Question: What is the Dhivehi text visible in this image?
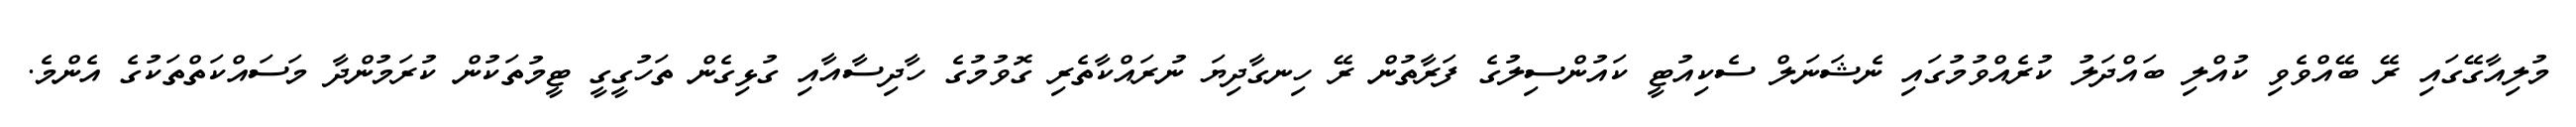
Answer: މުލިއާގޭގައި ރޭ ބޭއްވެވި ކުއްލި ބައްދަލު ކުރެއްވުމުގައި ނެޝަނަލް ސެކިއުޓީ ކައުންސިލުގެ ފަރާތުން ރޭ ހިނގާދިޔަ ނުރައްކާތެރި ގޮވުމުގެ ހާދިސާއާއި ގުޅިގެން ތަހުގީގީ ޓީމުތަކުން ކުރަމުންދާ މަސައްކަތްތަކުގެ އެންމެ.